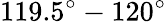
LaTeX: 119.5^{\circ}-120^{\circ}